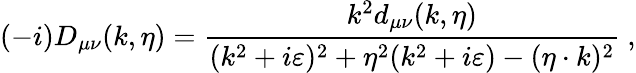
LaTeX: (-i)D_{\mu\nu}(k,\eta)={\frac{k^{2}d_{\mu\nu}(k,\eta)}{(k^{2}+i\varepsilon)^{2}+\eta^{2}(k^{2}+i\varepsilon)-(\eta\cdot k)^{2}}}\ ,